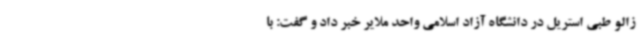
زالو طبی استریل در دانشگاه آزاد اسلامی واحد ملایر خبر داد و گفت: با